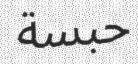
حبسة